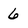
Character: 6